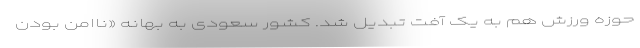
حوزه ورزش هم به یک آفت تبدیل شد. کشور سعودی به بهانه «ناامن بودن